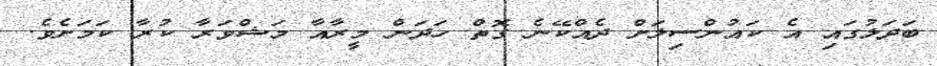
ބަދަލުގައި އެ ކައުންސިލަށް ދެއްކޭނެ ގޮތް ހަދަން މީރާއާ މަޝްވަރާ ކުރާ ކަމަށެވެ.